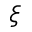
\xi